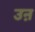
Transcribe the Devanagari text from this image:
उऩ